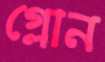
গ্লোন